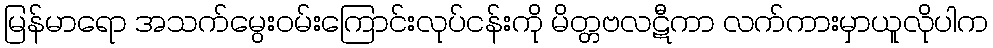
မြန်မာရော အသက်မွေးဝမ်းကြောင်းလုပ်ငန်းကို မိတ္တဗလဋီကာ လက်ကားမှာယူလိုပါက